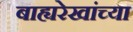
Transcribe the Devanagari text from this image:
बाह्यरेखांच्या